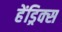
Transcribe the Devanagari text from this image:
हेंड्रिक्‍स